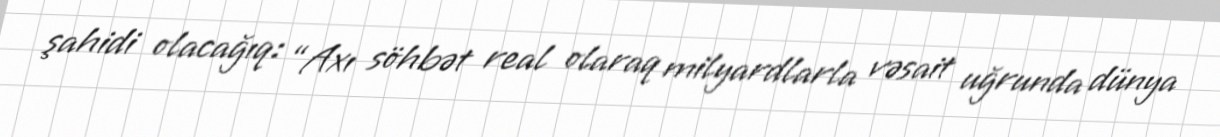
şahidi olacağıq: “Axı söhbət real olaraq milyardlarla vəsait uğrunda dünya